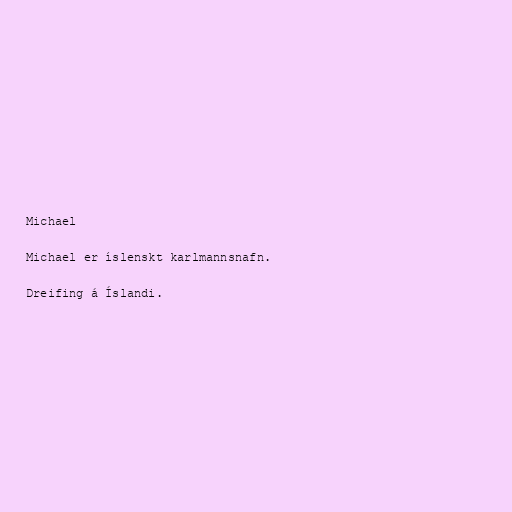
Michael

Michael er íslenskt karlmannsnafn.

Dreifing á Íslandi.